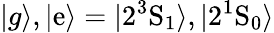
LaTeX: |g\rangle,|\mathrm{e}\rangle=|2^{3}\mathrm{{S}}_{1}\rangle,|2^{1}\mathrm{{S}}_{0}\rangle